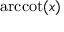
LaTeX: \operatorname { a r c c o t } ( x )